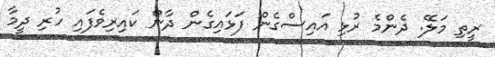
ރީތި މަލޭ. ދެންމެ ރުޅި އައިސްގެން ފަޅައިގެން ދާން ކައިރިވެފައި ހުރި ދީމާ